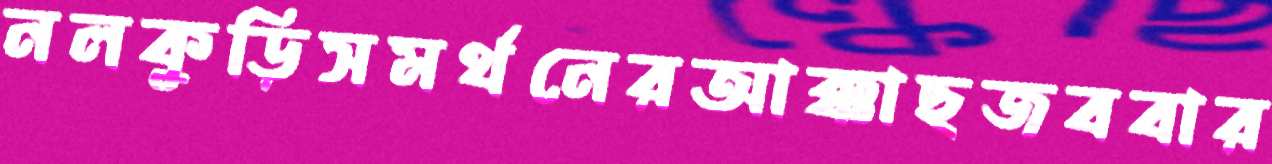
নলকুড়িসমর্থনেরআক্কাছজববার